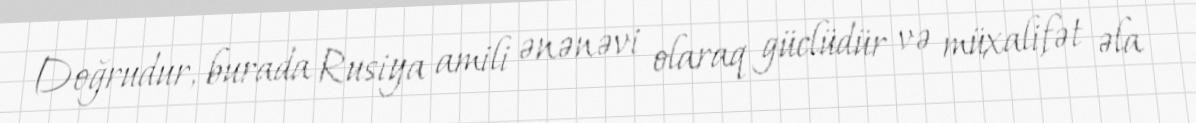
Doğrudur, burada Rusiya amili ənənəvi olaraq güclüdür və müxalifət əla